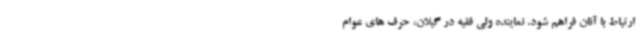
ارتباط با آنان فراهم شود. نماینده ولی فقیه در گیلان، حرف های عوام